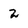
Character: 2